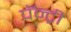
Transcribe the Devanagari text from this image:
पॅन्ट्री